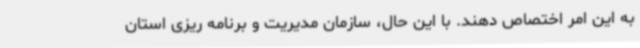
به این امر اختصاص دهند. با این حال، سازمان مدیریت و برنامه ریزی استان